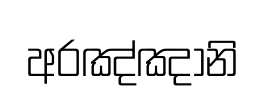
අරඤ්ඤානි